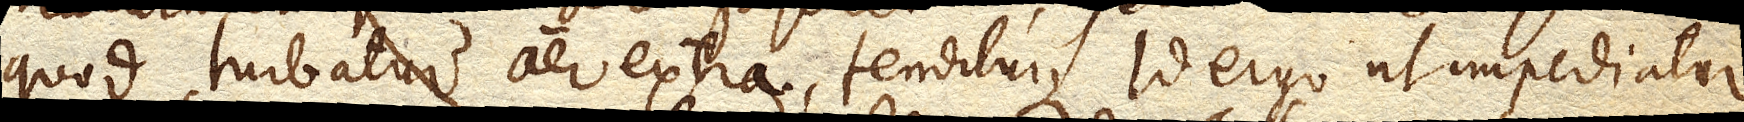
quod turbatur aer extra tenditurque. Id ergo ut impediatur